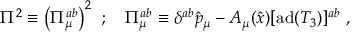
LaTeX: \Pi ^ { 2 } \equiv \left( \Pi _ { \mu } ^ { a b } \right) ^ { 2 } \ ; \quad \Pi _ { \mu } ^ { a b } \equiv \delta ^ { a b } \hat { p } _ { \mu } - { \cal A } _ { \mu } ( \hat { x } ) [ \mathrm { a d } ( T _ { 3 } ) ] ^ { a b } \ ,